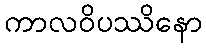
ကာလဝိပဿိနော